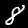
Label: 8